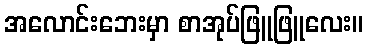
အလောင်းဘေးမှာ စာအုပ်ဖြူဖြူလေး။